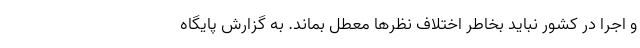
و اجرا در کشور نباید بخاطر اختلاف نظرها معطل بماند. به گزارش پایگاه